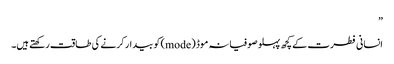
”
انسانی فطرت کے کچھ پہلو صوفیانہ موڈ (mode) کو بیدار کرنے کی طاقت رکھتے ہیں۔